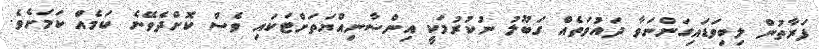
ފަރާތުން ލިބިވަޑައިގަންނަވާ ދައުވަތެއް ގަބޫލު ނުކުރުމަކީ އިންސާނިއްޔަތަށްޓަކައި ވެސް ކޮށްދެވޭނެ ކަމެއް ކަމަށެވެ.